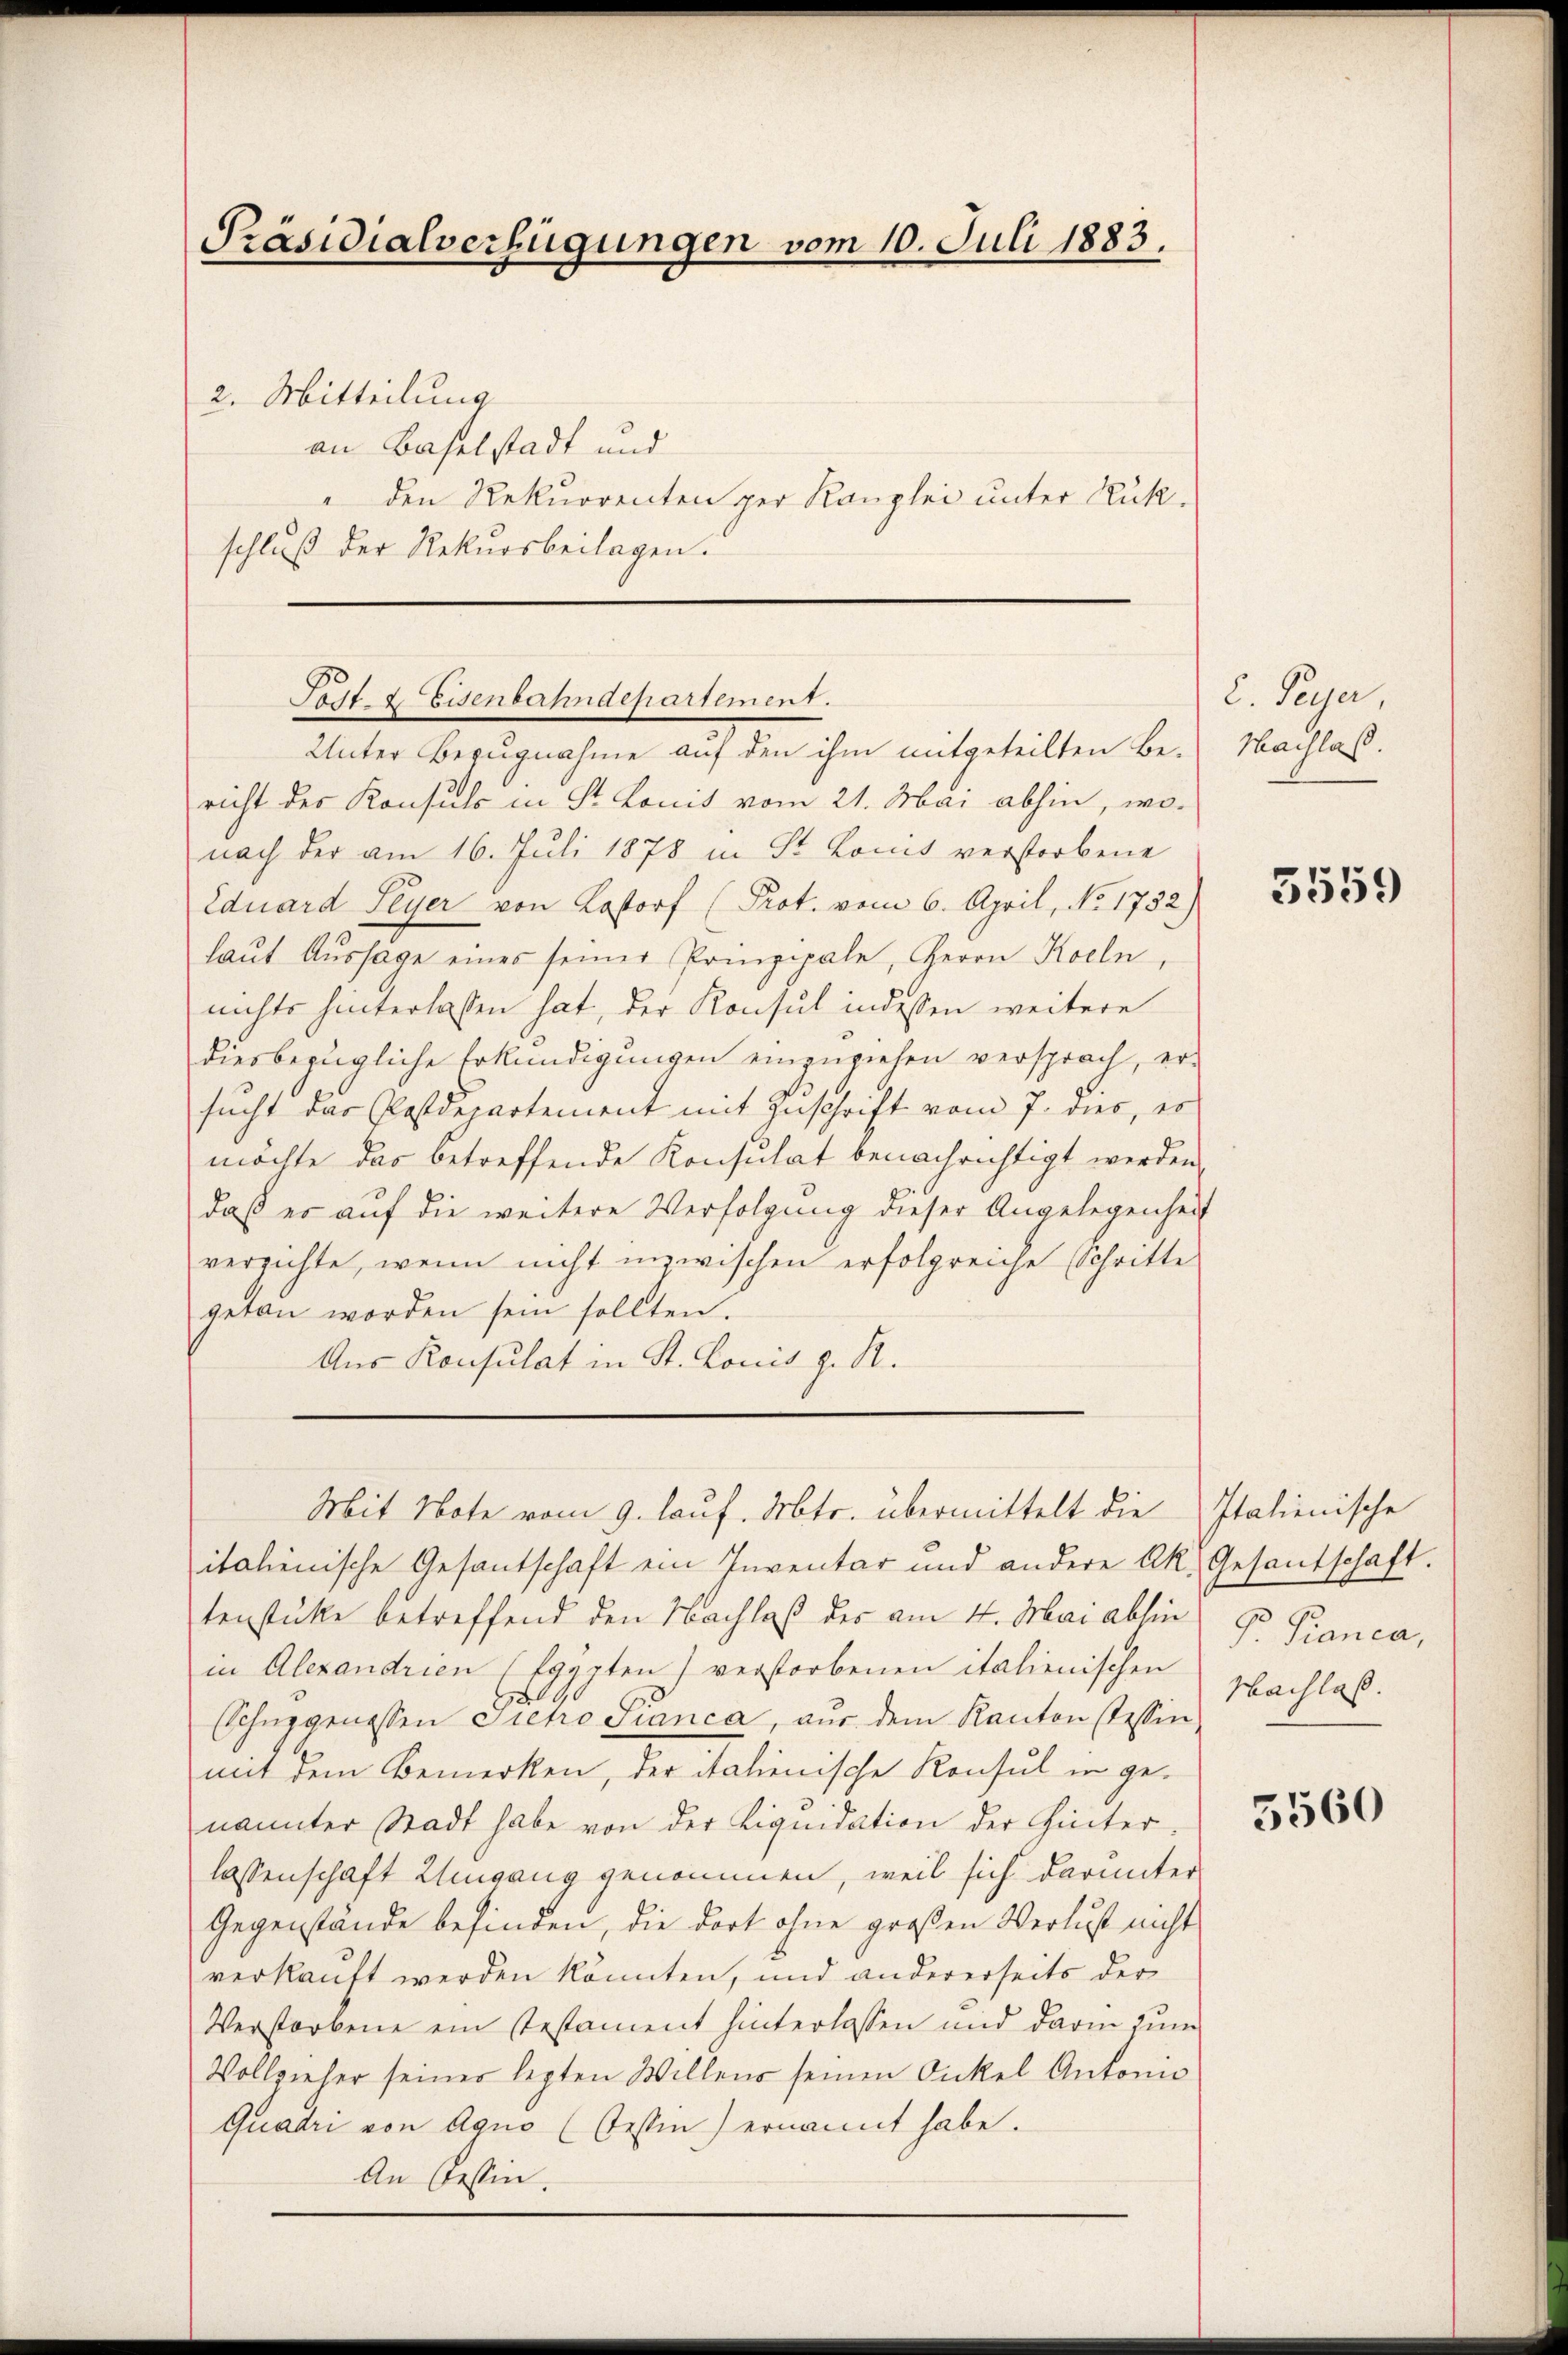
Präsidialverfügungen vom 10. Juli 1883.

2. Mitteilung
an Baselstadt und
" den Rekurrenten per Kanzlei unter Rück-
schluß der Rekursbeilagen.

Todt & Eisenbahndepartement.

Unter Bezugnahme auf den ihm mitgeteilten Be-
richt des Konsuls in Sr. Konis vom 21. Mai abhin, wonach der am 16. Juli 1878 in Sr. Konis verstorbene
Eduard Peyer von Lastorf (Prot. vom 6. April, No. 1732)
laŭt Aŭssage eines seiner Pompipale, Herrn Koeln,
nichts hinterlassen hat, der Konsul indessen weitere
diesbezügliche Erkundigungen einzuziehen versprach, er-
sucht das Postdepartement mit Zuschrift vom 7. dies, er
möchte das betreffende Konsulat benachrichtigt werden,
daß er auf die weitere Verfolgung dieser Angelegenheit
verzichte, wenn nicht inzwischen erfolgreiche Schritte
getan worden sein sollten.
Aus Konsulat in St. Louis z. R.
Mit Note vom 9. lauf. Mts. übermittelt die
italienische Gesantschaft ein Inventar und andere Ak. Gesantschaft.
tenstücke betreffend den Nachlaß des am 4. Mai abhin
in Alexandrien (Egypten) verstorbenen italienischen
Schüzgenossen Siehro Sianca, aŭs dem Kanton stessen
mit dem Bemerken, der italienische Konsul in genannter Stadt habe von der Liquidation der Hinterlassenschaft Umgang genommen, weil sich darunter
Gegenstände befinden, die dort ohne großen Verlust nicht
verkauft werden könnten, und andererseits der
Verstorbene ein Testament hinterlassen und darin zum
Vollzieher seiner lezten Willens seinen Onkel Antonio
Quadri von Agno (Tessin) ernannt habe.
An Cessin.

2. Peyer,
Machlass.

3559

Italienische
Pr Pianca,
Nachlaß.

5560